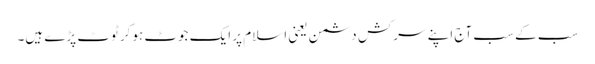
سب کے سب آج اپنے سرکش دشمن یعنی اسلام پر ایک جوٹ ہوکر ٹوٹ پڑے ہیں۔